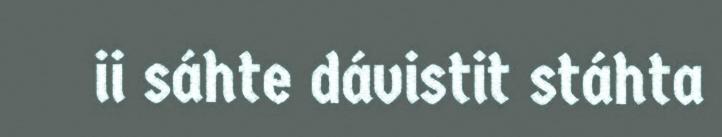
ii sáhte dávistit stáhta